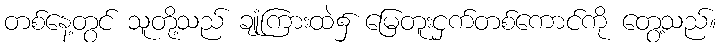
တစ်နေ့တွင် သူတို့သည် ချုံကြားထဲ၌ မြေတူးငှက်တစ်ကောင်ကို တွေ့သည်။